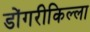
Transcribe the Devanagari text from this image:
डोंगरीकिल्ला